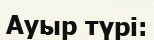
Ауыр түрі: